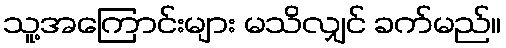
သူ့အကြောင်းများ မသိလျှင် ခက်မည်။